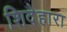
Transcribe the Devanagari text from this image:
शिदेहारा